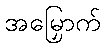
အမြှောက်